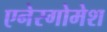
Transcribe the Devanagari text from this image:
एनेरगोमेश